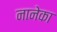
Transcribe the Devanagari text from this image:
नानेका